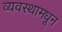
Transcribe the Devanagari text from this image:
व्यवस्थामधून